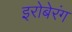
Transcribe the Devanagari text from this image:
इरोबेरंग